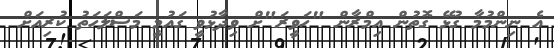
އެ ނިންމުމާ ގުޅޭ ގޮތުން އިމްރާން "ހަވީރަ"ށް ވިދާޅުވީ ގައުމީ މަސްލަހަތު ކުރިއަށް